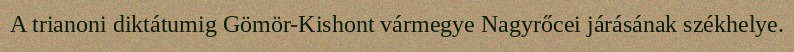
A trianoni diktátumig Gömör-Kishont vármegye Nagyrőcei járásának székhelye.